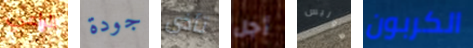
الراعي جودة تأذى أجل هوليس الكربون